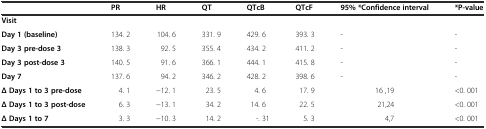
<table><thead><tr><td></td><td><b>PR</b></td><td><b>HR</b></td><td><b>QT</b></td><td><b>QTcB</b></td><td><b>QTcF</b></td><td><b>95% *Confidence interval</b></td><td><b>*P-value</b></td></tr></thead><tbody><tr><td><b>Visit</b></td><td></td><td></td><td></td><td></td><td></td><td></td><td></td></tr><tr><td><b>Day 1 (baseline)</b></td><td>134. 2</td><td>104. 6</td><td>331. 9</td><td>429. 6</td><td>393. 3</td><td>-</td><td>-</td></tr><tr><td><b>Day 3 pre-dose 3</b></td><td>138. 3</td><td>92. 5</td><td>355. 4</td><td>434. 2</td><td>411. 2</td><td>-</td><td>-</td></tr><tr><td><b>Day 3 post-dose 3</b></td><td>140. 5</td><td>91. 6</td><td>366. 1</td><td>444. 1</td><td>415. 8</td><td>-</td><td>-</td></tr><tr><td><b>Day 7</b></td><td>137. 6</td><td>94. 2</td><td>346. 2</td><td>428. 2</td><td>398. 6</td><td>-</td><td>-</td></tr><tr><td><b>Δ Days 1 to 3 pre-dose</b></td><td>4. 1</td><td>−12. 1</td><td>23. 5</td><td>4. 6</td><td>17. 9</td><td>16 ,19</td><td>&lt;0. 001</td></tr><tr><td><b>Δ Days 1 to 3 post-dose</b></td><td>6. 3</td><td>−13. 1</td><td>34. 2</td><td>14. 6</td><td>22. 5</td><td>21,24</td><td>&lt;0. 001</td></tr><tr><td><b>Δ Days 1 to 7</b></td><td>3. 3</td><td>−10. 3</td><td>14. 2</td><td>-. 31</td><td>5. 3</td><td>4,7</td><td>&lt;0. 001</td></tr></tbody></table>